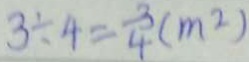
3 \div 4 = \frac { 3 } { 4 } ( m ^ { 2 } )